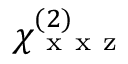
\chi _ { \mathrm { ~ x ~ x ~ z ~ } } ^ { ( 2 ) }